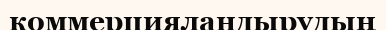
коммерцияландырудың